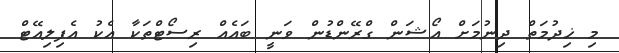
މި ޚިދުމަތް ދިނުމަށް އޯޝަން ގްރޭންޑުން ވަނީ ބައެއް ރިސޯޓްތަކާ އެކު އެފިލިއޭޓް